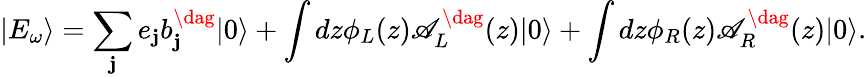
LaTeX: |{E_{\omega}}\rangle=\sum_{\mathbf{j}}^{}{{e_{\mathbf{j}}}b_{\mathbf{j}}^{\dag}|0\rangle}+\int{dz{\phi_{L}}(z)\mathscr{A}_{L}^{\dag}(z)|0\rangle}+\int{dz{\phi_{R}}(z)\mathscr{A}_{R}^{\dag}(z)|0\rangle}.